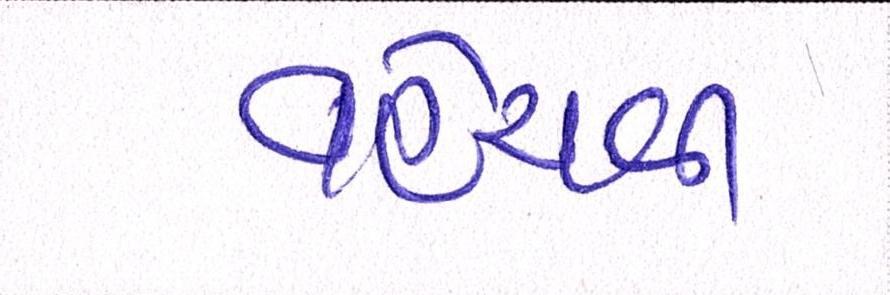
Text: વહેંચવી